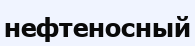
нефтеносный